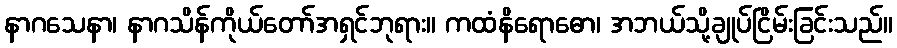
နာဂသေနာ၊ နာဂသိန်ကိုယ်တော်အရှင်ဘုရား။ ကထံနိရောဓော၊ အဘယ်သို့ချုပ်ငြိမ်းခြင်းသည်။